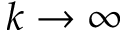
k \to \infty